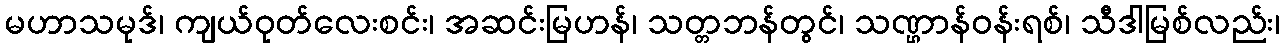
မဟာသမုဒ်၊ ကျယ်ဝုတ်လေးစင်း၊ အဆင်းမြဟန်၊ သတ္တဘန်တွင်၊ သဏ္ဌာန်ဝန်းရစ်၊ သီဒါမြစ်လည်း၊